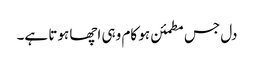
دل جس مطمئن ہو کام وہی اچھا ہوتا ہے۔